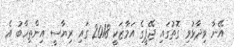
އޭނާ ވިދާޅުވި ގޮތުގައި ޖޭޕީގެ އަމާޒަކީ 2018 ގައި ރިޔާސީ އިންތިހާބު އެ